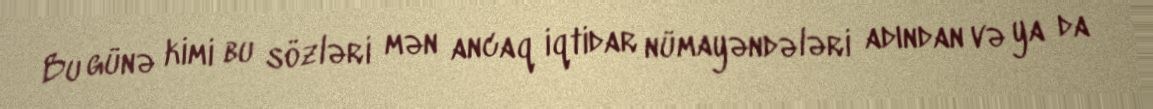
Bu günə kimi bu sözləri mən ancaq iqtidar nümayəndələri adından və ya da